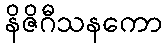
နိဇိဂီသနကော